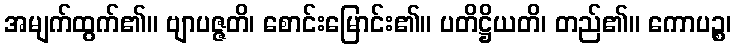
အမျက်ထွက်၏။ ဗျာပဇ္ဇတိ၊ စောင်းမြောင်း၏။ ပတိဋ္ဌိယတိ၊ တည်၏။ ကောပဉ္စ၊